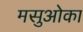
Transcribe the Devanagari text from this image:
मसुओका